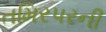
તમિરપરની